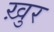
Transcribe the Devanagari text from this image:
ख़ुर